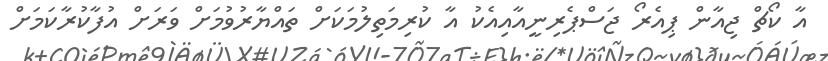
އާ ކޯޗް ޖިއާން ޕިއެރޯ ޖަސްޕެރިނީއާއިއެކު އާ ކުރިމަތިލުމަކަށް ތައްޔާރުވުމަށް ވަރަށް އުފާކުރާކަމަށް